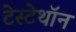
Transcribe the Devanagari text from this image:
टेस्टेथॉन